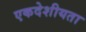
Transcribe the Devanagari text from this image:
एकदेशीयता